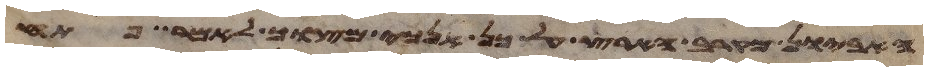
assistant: האביון מקרב הארץ על כן אנכי מצוך לאמר פתח